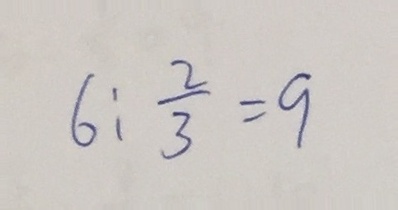
6 : \frac { 2 } { 3 } = 9